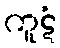
ကူဋံ